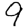
Digit: 9